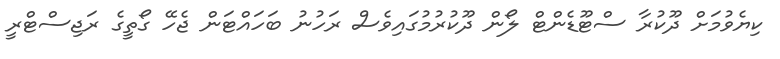
ކިޔެވުމަށް ދޫކުރާ ސްޓޫޑެންޓް ލޯން ދޫކުރުމުގައިވެސް ރަހުނު ބަހައްޓަން ޖެހޭ ގޯތީގެ ރަޖިސްޓްރީ